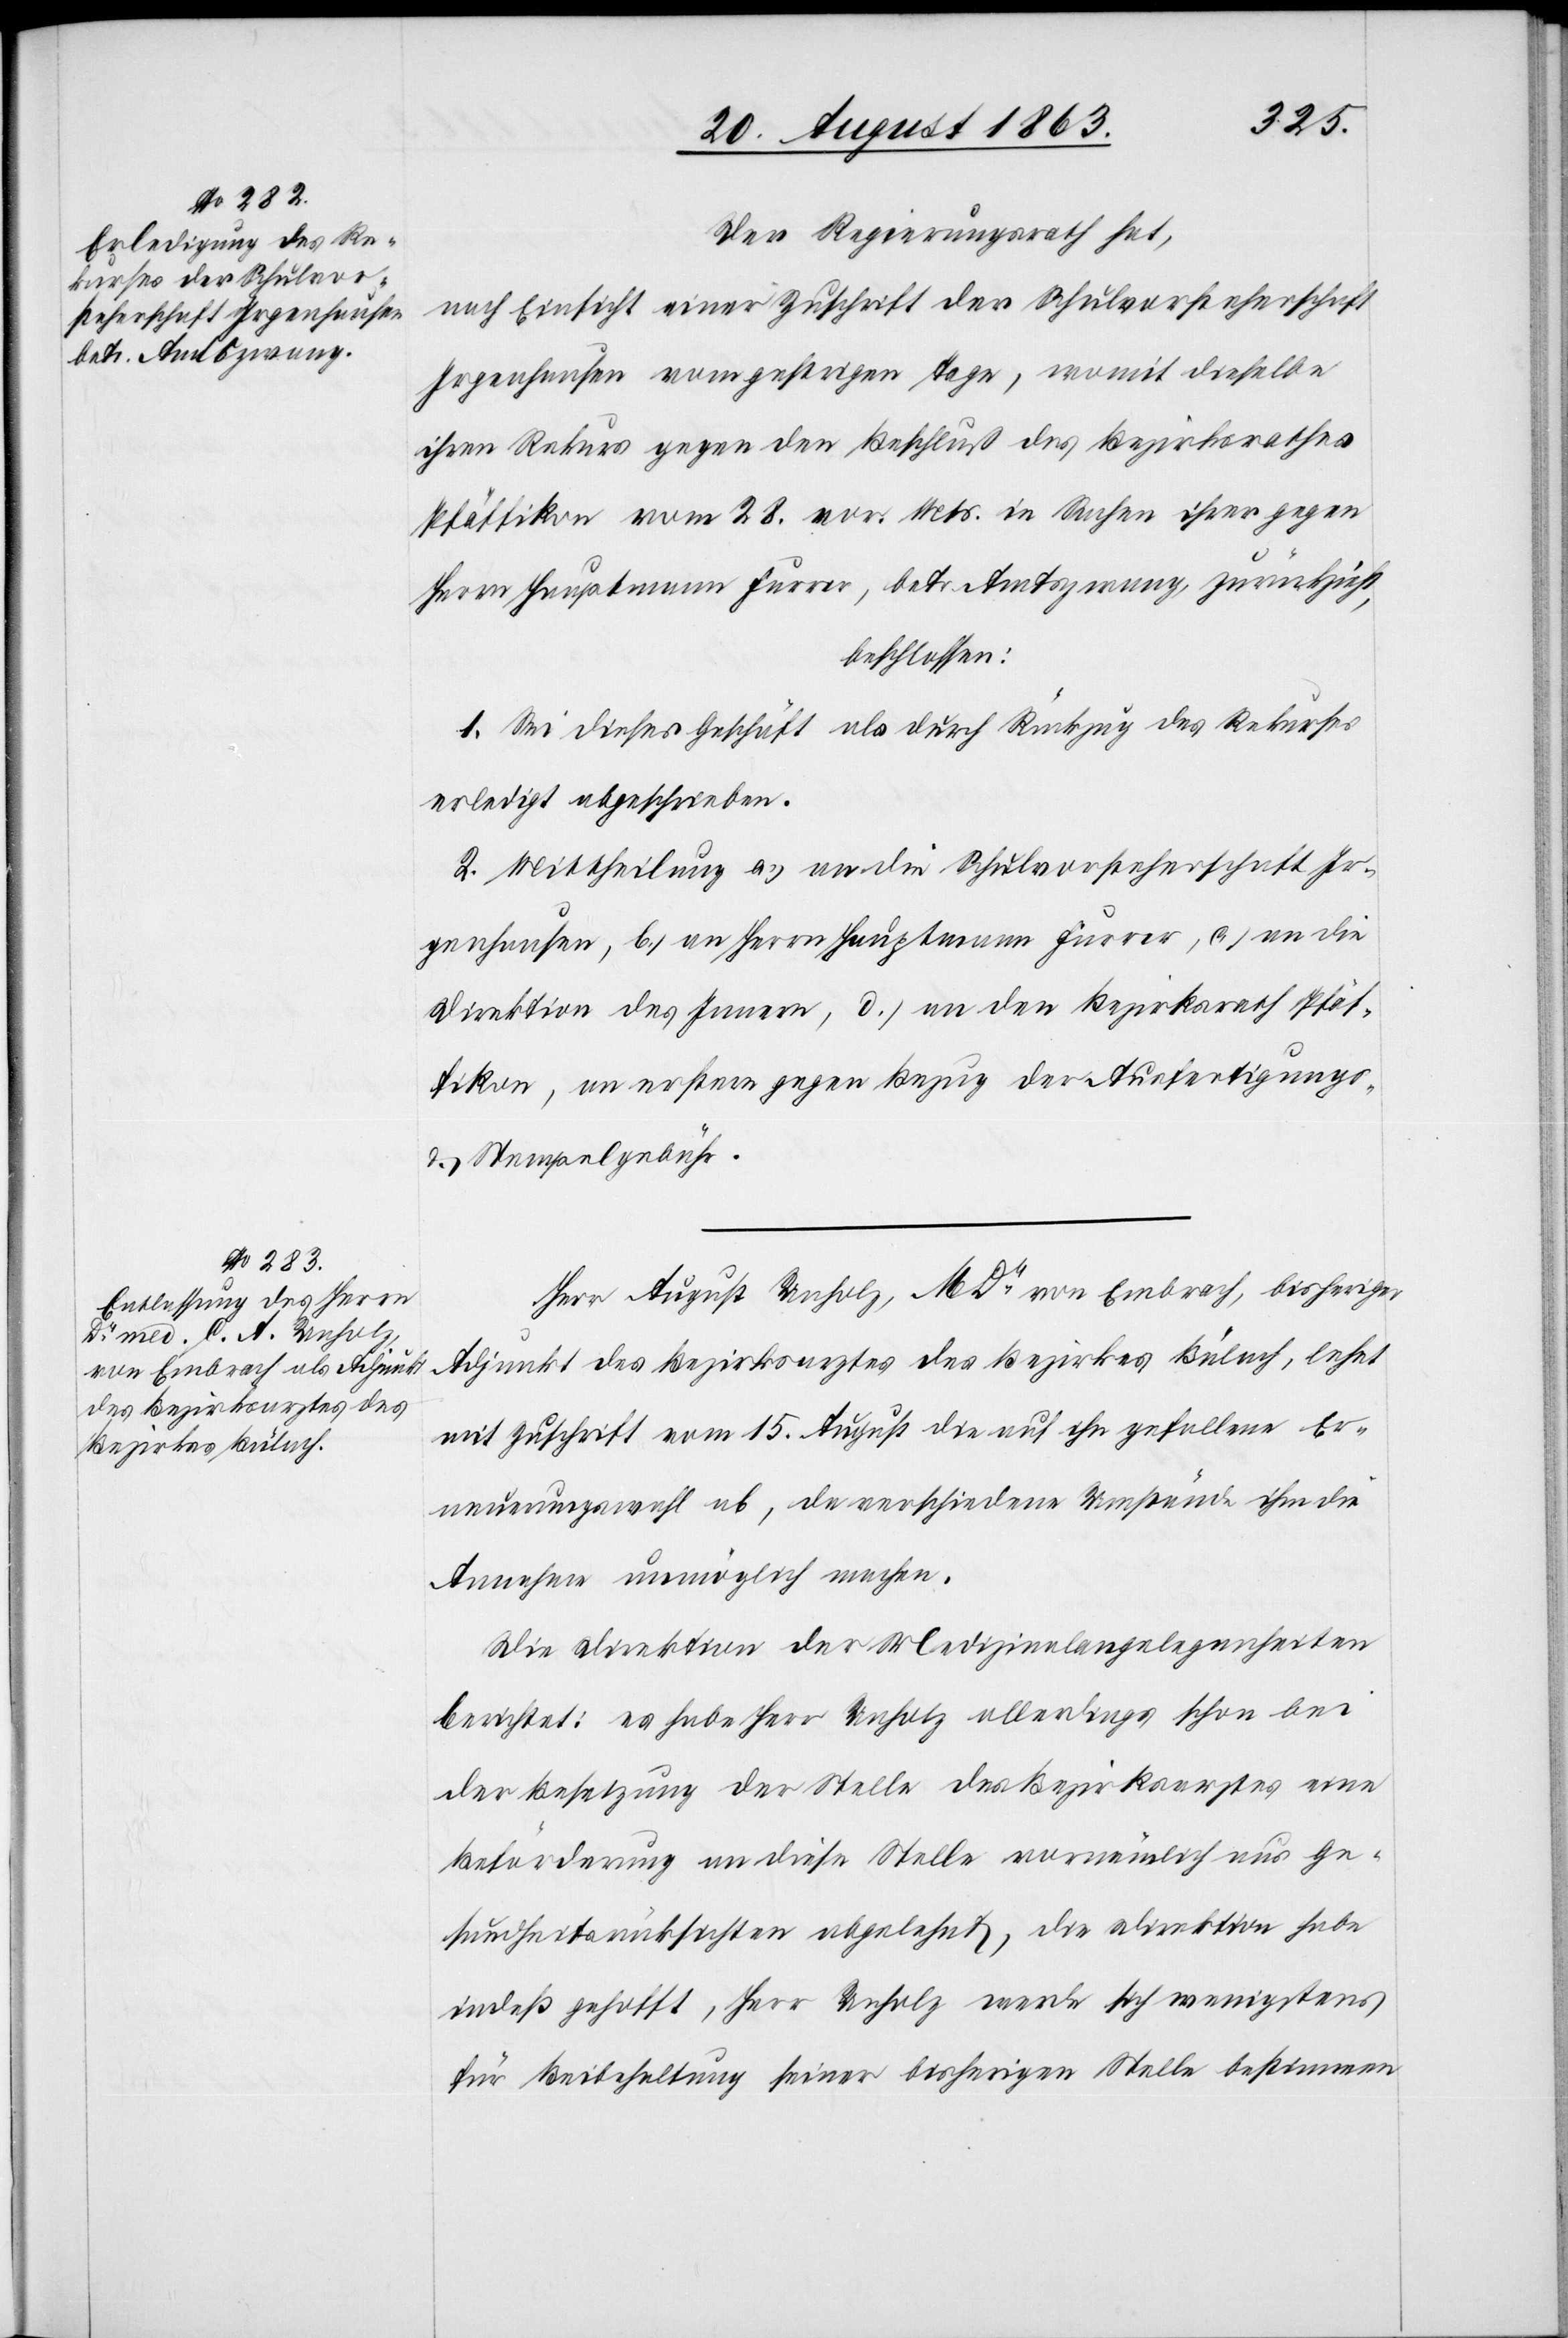
Der Regierungsrath hat,
nach Einsicht einer Zuschrift der Schulvorsteherschaft
Irgenhausen vom gestrigen Tage, womit dieselbe
ihren Rekurs gegen den Beschluß des Bezirksrathes
Pfäffikon vom 28. vor. Mts. in Sachen ihrer gegen
Herrn Hauptmann Furrer, betr Amtszwang, zurückzieht,
beschlossen:
1. Sei dieses Geschäft als durch Rückzug des Rekurses
erledigt abgeschrieben.
2. Mittheilung a.) an die Schulvorsteherschaft Ir¬
genhausen, b.) an Herrn Hauptmann Furrer, c.) an die
Direktion des Innern, d.) an den Bezirksrath Pfäf¬
fikon, an erstere gegen Bezug der Ausfertigungs-
& Stempelgebühr.
Herr August Unholz, MDr von Embrach, bisheriger
Adjunkt des Bezirksarztes des Bezirkes Bülach, lehnt
mit Zuschrift vom 15. August die auf ihn gefallene Er¬
neuerungswahl ab, da verschiedene Umstände ihm die
Annahme unmöglich machen.
Die Direktion der Medizinalangelegenheiten
berichtet: es habe Herr Unholz allerdings schon bei
der Besetzung der Stelle des Bezirksarztes eine
Beförderung an diese Stelle vornämlich aus Ge¬
sundheitsrücksichten abgelehnt, die Direktion habe
indeß gehofft, Herr Unholz werde sich wenigstens
für Beibehaltung seiner bisherigen Stelle bestimmen